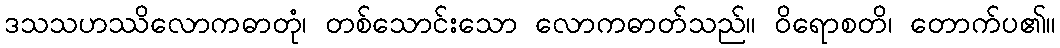
ဒသသဟဿိလောကဓာတုံ၊ တစ်သောင်းသော လောကဓာတ်သည်။ ဝိရောစတိ၊ တောက်ပ၏။